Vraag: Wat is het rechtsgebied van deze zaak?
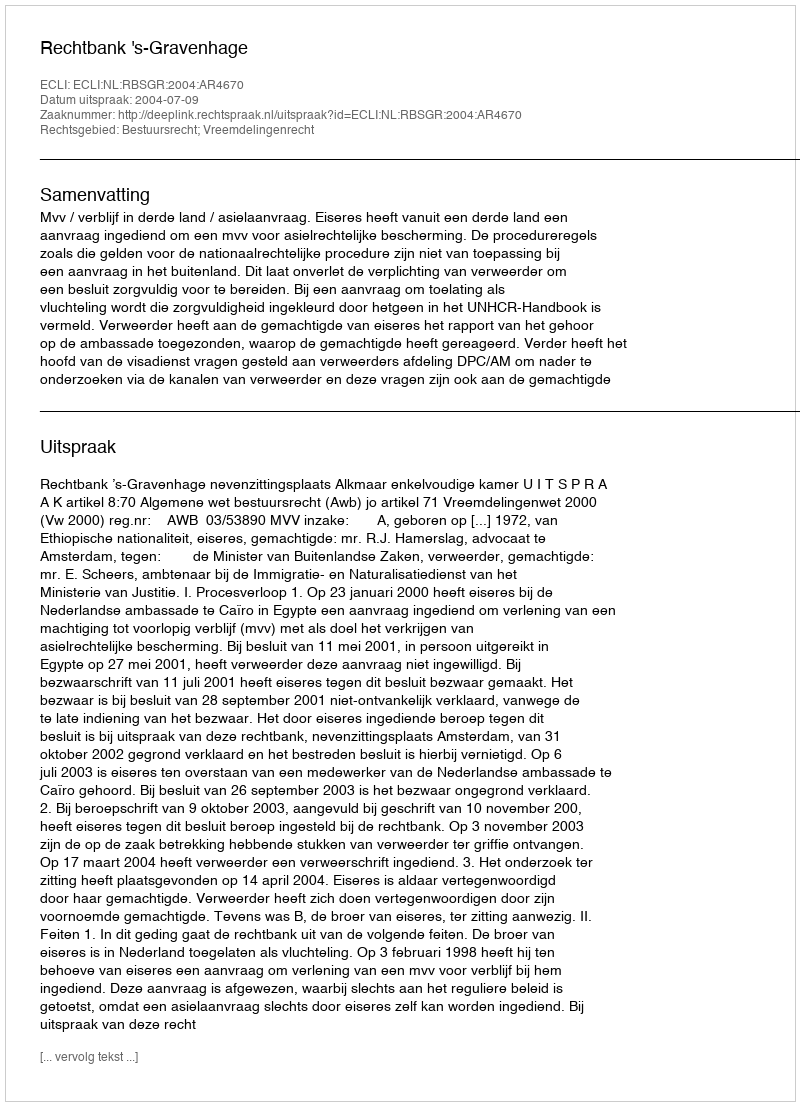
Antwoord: Bestuursrecht; Vreemdelingenrecht